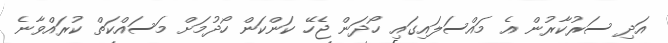
އަދި ސަރުކާރުން އެ މައްސަލައިގައި ހޯދަން ޖެހޭ ކަންކަން ހޯދުމަށް މަސައްކަތް ކުރައްވާނެ